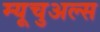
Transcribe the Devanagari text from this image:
म्यूचुअल्स